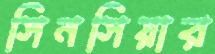
সিনসিয়ার